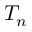
T _ { n }